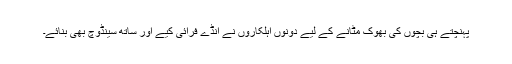
پہنچتے ہی بچوں کی بھوک مٹانے کے لیے دونوں اہلکاروں نے انڈے فرائی کیے اور ساتھ سینڈوچ بھی بنائے۔